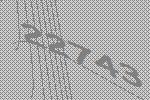
22743